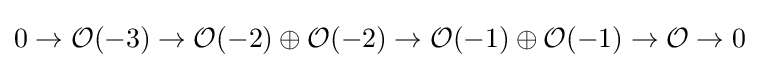
0\to {\mathcal {O}}(-3)\to {\mathcal {O}}(-2)\oplus {\mathcal {O}}(-2)\to {\mathcal {O}}(-1)\oplus {\mathcal {O}}(-1)\to {\mathcal {O}}\to 0